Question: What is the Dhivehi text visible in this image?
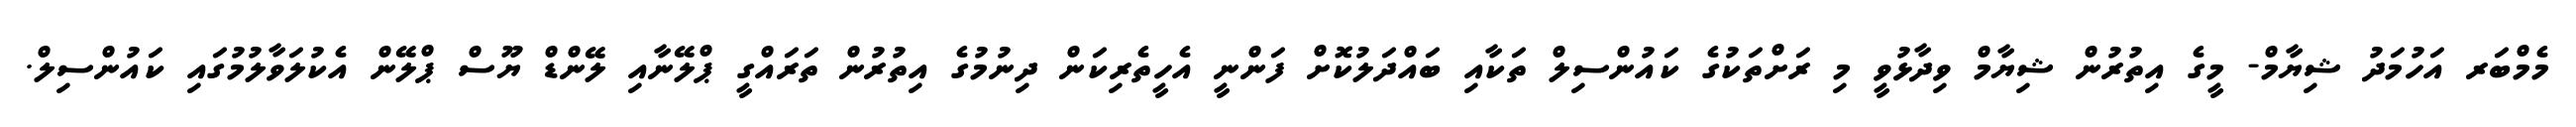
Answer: މެމްބަރ އަހުމަދު ޝިޔާމް- މީގެ އިތުރުން ޝިޔާމް ވިދާޅުވީ މި ރަށްތަކުގެ ކައުންސިލް ތަކާއި ބައްދަލުކޮށް ފަންނީ އެހީތެރިކަން ދިނުމުގެ އިތުރުން ތަރައްގީ ޕްލޭނާއި ލޭންޑް ޔޫސް ޕްލޭން އެކުލަވާލުމުގައި ކައުންސިލް.